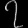
Digit: ၇